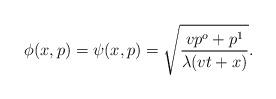
LaTeX: \begin{align*}\phi (x,p)=\psi (x,p)=\sqrt{\frac{vp^{o}+p^{1}}{\lambda (vt+x)}}.\end{align*}